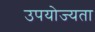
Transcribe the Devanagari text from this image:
उपयोज्यता